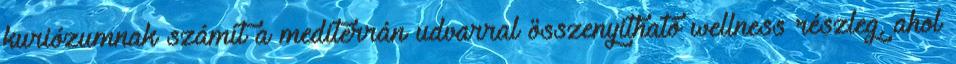
kuriózumnak számít a mediterrán udvarral összenyitható wellness részleg, ahol